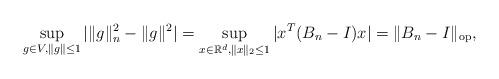
LaTeX: \begin{align*} \sup_{g\in V,\Vert g\Vert\leq 1}|\Vert g\Vert_n^2-\Vert g\Vert^2|=\sup_{x\in \mathbb{R}^d,\Vert x\Vert_2 \leq 1}|x^T(B_n-I)x|=\Vert B_n-I\Vert_{\operatorname{op}},\end{align*}